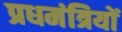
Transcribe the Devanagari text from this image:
प्रधमंत्रियों